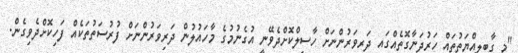
"މި ގާބިލިއްޔަތުތައް ހަރުދަނާގޮތެއްގައި ދަރިވަރުންނަށް ހާސިލްކޮށްދެވޭނީ އުގެނުމުގެ މާހައުލުން ދަރިވަރުންނަށް ފުރުސަތުތަކެއް ފަހިކޮށްދެވިގެން.